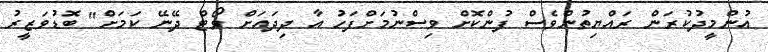
އުންމީދުކުރަން ރައްޔިތުންވެސް ފުންކޮށް ވިސްނުމަށްފަހު އާ ދިދައަށް ވޯޓް ދޭނޭ ކަމަށް" ބޮޑުވަޒީރު